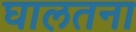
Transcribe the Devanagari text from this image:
घालतना